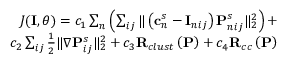
\begin{array} { r } { J ( \mathbf { I } , \theta ) = c _ { 1 } \sum _ { n } \left( \sum _ { i j } \| \left( \mathbf { c } _ { n } ^ { s } - \mathbf { I } _ { n i j } \right) \mathbf { P } _ { n i j } ^ { s } \| _ { 2 } ^ { 2 } \right) + } \\ { c _ { 2 } \sum _ { i j } \frac { 1 } { 2 } \| \ensuremath { \nabla } \mathbf { P } _ { i j } ^ { s } \| _ { 2 } ^ { 2 } + c _ { 3 } \mathbf { R } _ { c l u s t } \left( \mathbf { P } \right) + c _ { 4 } \mathbf { R } _ { c c } \left( \mathbf { P } \right) } \end{array}